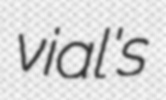
vial's